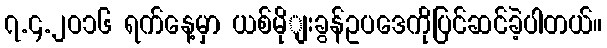
၇.၄.၂ဝ၁၆ ရက်နေ့မှာ ယစ်မိုျးခွန်ဥပဒေကိုပြင်ဆင်ခဲ့ပါတယ်။